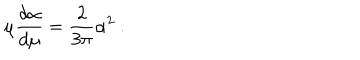
\mu \frac { d \alpha } { d \mu } = \frac { 2 } { 3 \pi } \alpha ^ { 2 } ~ .